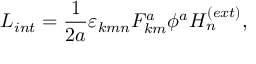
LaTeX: L _ { i n t } = \frac { 1 } { 2 a } \varepsilon _ { k m n } F _ { k m } ^ { a } \phi ^ { a } H _ { n } ^ { ( e x t ) } ,